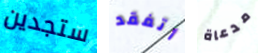
ستجدين أتفقد مدعاة